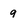
Character: 9